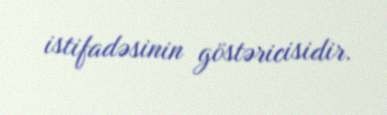
istifadəsinin göstəricisidir.